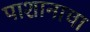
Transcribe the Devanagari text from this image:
पाशानाचा